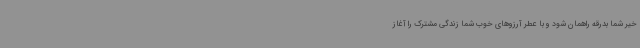
خیر شما بدرقه راهمان شود و با عطر آرزوهای خوب شما زندگی مشترک را آغاز